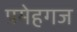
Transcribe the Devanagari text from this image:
प्रमेहगज